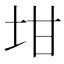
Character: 坩